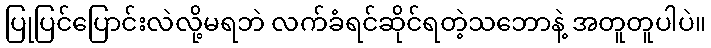
ပြုပြင်ပြောင်းလဲလို့မရဘဲ လက်ခံရင်ဆိုင်ရတဲ့သဘောနဲ့ အတူတူပါပဲ။